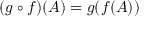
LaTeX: ( g \circ f ) ( A ) = g ( f ( A ) )